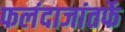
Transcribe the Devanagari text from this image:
फलंदाजांतर्फे